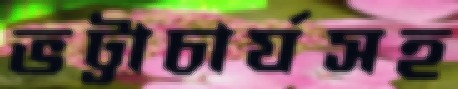
ভট্টাচার্যসহ